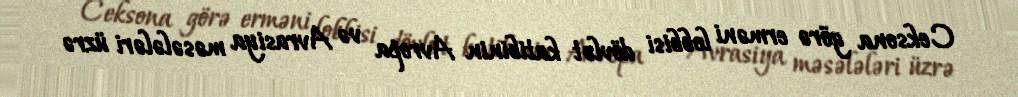
Ceksona görə erməni lobbisi dövlət katibinin Avropa və Avrasiya məsələləri üzrə